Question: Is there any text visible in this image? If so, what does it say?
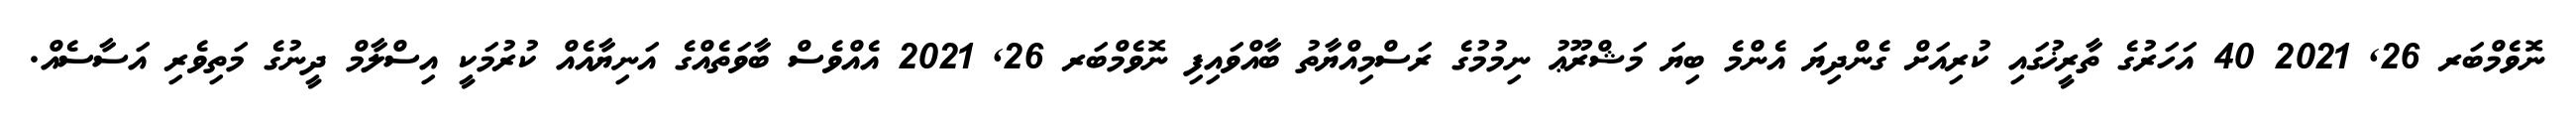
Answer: ނޮވެމްބަރ 26, 2021 40 އަހަރުގެ ތާރީޚުގައި ކުރިއަށް ގެންދިޔަ އެންމެ ބިޔަ މަޝްރޫޢު ނިމުމުގެ ރަސްމިއްޔާތު ބާއްވައިފި ނޮވެމްބަރ 26, 2021 އެއްވެސް ބާވަތެއްގެ އަނިޔާއެއް ކުރުމަކީ އިސްލާމް ދީނުގެ މަތިވެރި އަސާސެއް.